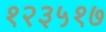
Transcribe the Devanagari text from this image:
१२३५१७